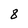
Character: 8